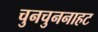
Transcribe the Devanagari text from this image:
चुनचुननाहट